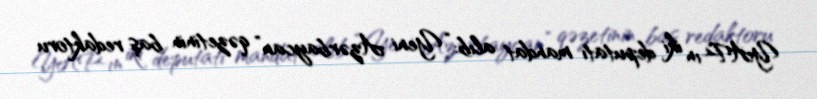
YAP-ın iki deputatı mandat alıb: “Yeni Azərbaycan” qəzetinin baş redaktoru